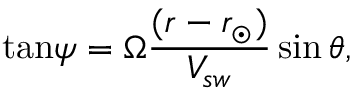
{ \tan } \psi = \Omega \frac { ( r - r _ { \odot } ) } { V _ { s w } } \sin \theta ,